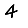
Digit: 4